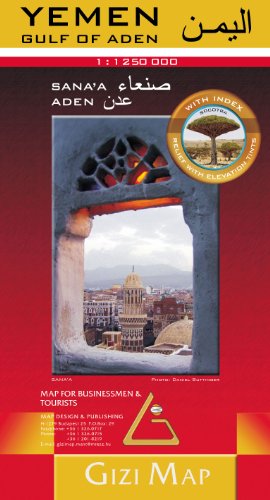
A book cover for Yemen 1:1,250,000 Travel Map & Sana'a street plan GIZI; Gizela Bassa; Travel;